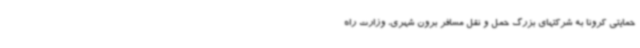
حمایتی کرونا به شرکتهای بزرگ حمل و نقل مسافر برون شهری، وزارت راه